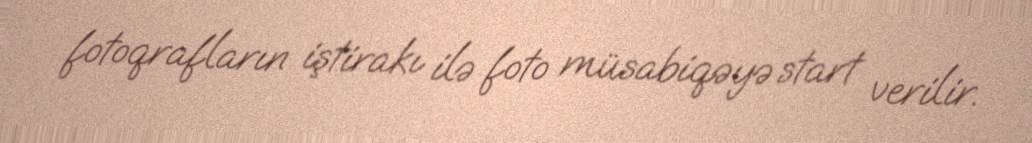
fotoqrafların iştirakı ilə foto müsabiqəyə start verilir.